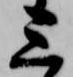
三